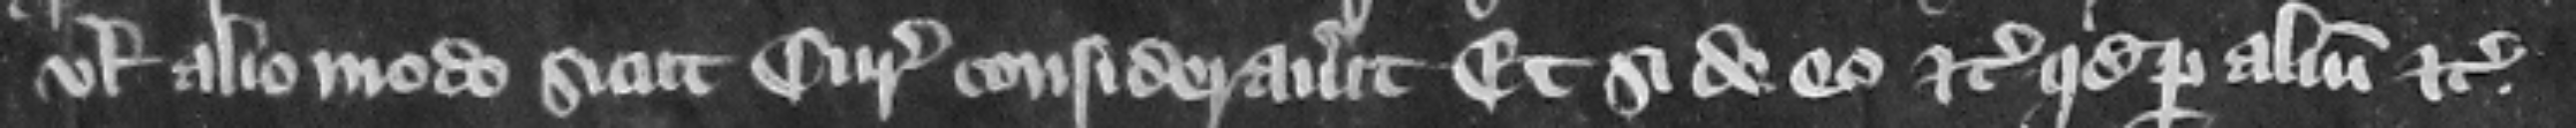
vel alio modo sicut curia considerauerit. Et si de eo etc. quod per alium etc.